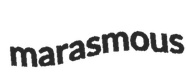
marasmous